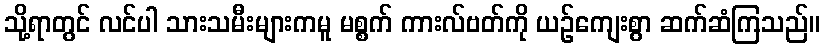
သို့ရာတွင် လင်ပါ သားသမီးများကမူ မစ္စက် ကားလ်ဗတ်ကို ယဉ်ကျေးစွာ ဆက်ဆံကြသည်။